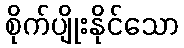
စိုက်ပျိုးနိုင်သော